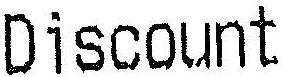
DISCOUNT